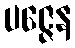
ပဇ္ဇေန